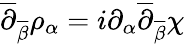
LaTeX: \overline{{{\partial}}}_{\overline{{{\beta}}}}\rho_{\alpha}=i\partial_{\alpha}\overline{{{\partial}}}_{\overline{{{\beta}}}}\chi